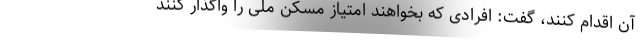
آ‌ن اقدام کنند، گفت: افرادی که بخواهند امتیاز مسکن ملی را واگذار کنند